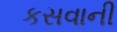
કસવાની